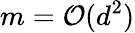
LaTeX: m=\mathcal{O}(d^{2})